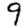
Digit: 9